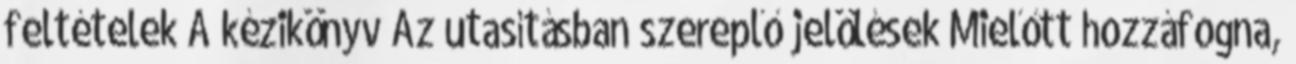
feltételek A kézikönyv Az utasításban szereplő jelölések Mielőtt hozzáfogna,